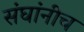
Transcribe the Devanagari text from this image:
संघांनीच